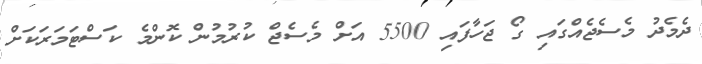
ދެމެދު މެސެޖެއްގައި ގޯ ޖަހާފައި 5500 އަށް މެސެޖް ކުރުމުން ކޮންމެ ކަސްޓަމަރަކަށް